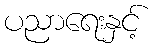
ပညာရေးနှင့်